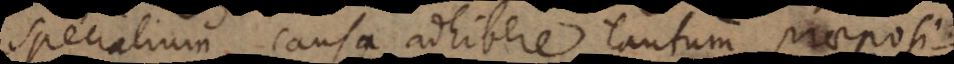
specialium causa adhibere tantum praeposi